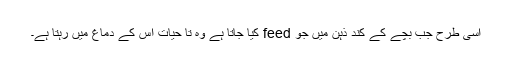
اسی طرح جب بچے کے کند ذہن میں جو feed کیا جاتا ہے وہ تا حیات اس کے دماغ میں رہتا ہے۔